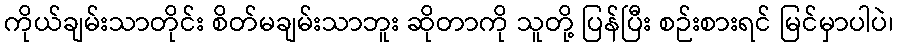
ကိုယ်ချမ်းသာတိုင်း စိတ်မချမ်းသာဘူး ဆိုတာကို သူတို့ ပြန်ပြီး စဉ်းစားရင် မြင်မှာပါပဲ၊